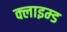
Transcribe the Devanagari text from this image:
क्लाइम्ड